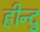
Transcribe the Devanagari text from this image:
हीन्दु